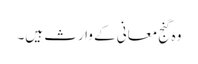
وہ گنجِ معانی کے وارث ہیں۔